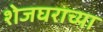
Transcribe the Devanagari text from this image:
शेजघराच्या